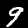
Digit: 9